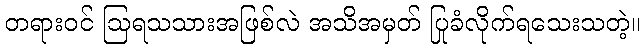
တရားဝင် ဩရသသားအဖြစ်လဲ အသိအမှတ် ပြုခံလိုက်ရသေးသတဲ့။